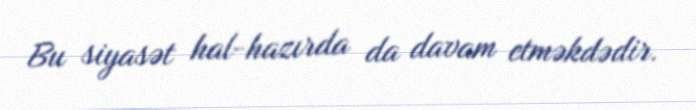
Bu siyasət hal-hazırda da davam etməkdədir.